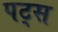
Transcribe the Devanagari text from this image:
पट्स